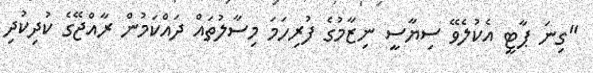
"ގިނަ ޕާޓީ އެކުލެވޭ ސިޔާސީ ނިޒާމުގެ ފުރިހަމަ މިސާލުތައް ދައްކަމުން ރާއްޖޭގެ ކުދިކުދި